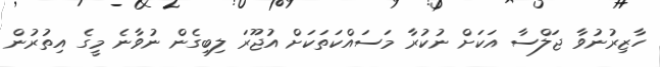
ހާޒިރުނުވާ ޖަލްސާ އަކަށް ނުކުރާ މަސައްކަތަކަށް އުޖޫރަ ލިބިގެން ނުވާނެ މީގެ އިތުރުން